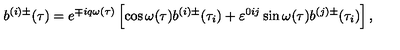
b ^ { ( i ) \pm } ( \tau ) = e ^ { \mp i q \omega ( \tau ) } \left[ \cos \omega ( \tau ) b ^ { ( i ) \pm } ( \tau _ { i } ) + \varepsilon ^ { 0 i j } \sin \omega ( \tau ) b ^ { ( j ) \pm } ( \tau _ { i } ) \right] ,